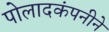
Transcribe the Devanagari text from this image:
पोलादकंपनीने